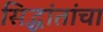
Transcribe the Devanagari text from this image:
सिद्धांतांचा